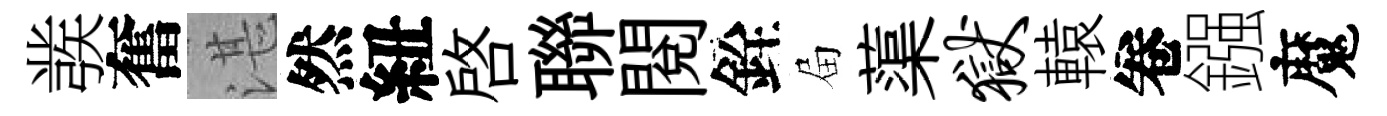
彂奮湛然紐啓聯閱銓屇蕖狱轅卷鏹魔